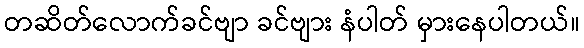
တဆိတ်လောက်ခင်ဗျာ ခင်ဗျား နံပါတ် မှားနေပါတယ်။